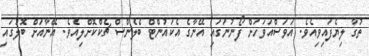
ތުގާ ލިޔެފައިވިއެވެ. އަވަސްއަވަހަށް ފޯނުނަަގައި އޭނާގެ އެކައުންޓް ބެލެންސް ޗެކްކޮށްލިއެވެ. އޭނާއަށް ބޮލުގައި